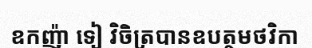
ឧកញ៉ា ទៀ វិចិត្របានឧបត្ថមថវិកា